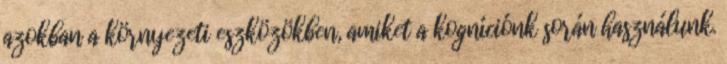
azokban a környezeti eszközökben, amiket a kogníciónk során használunk.